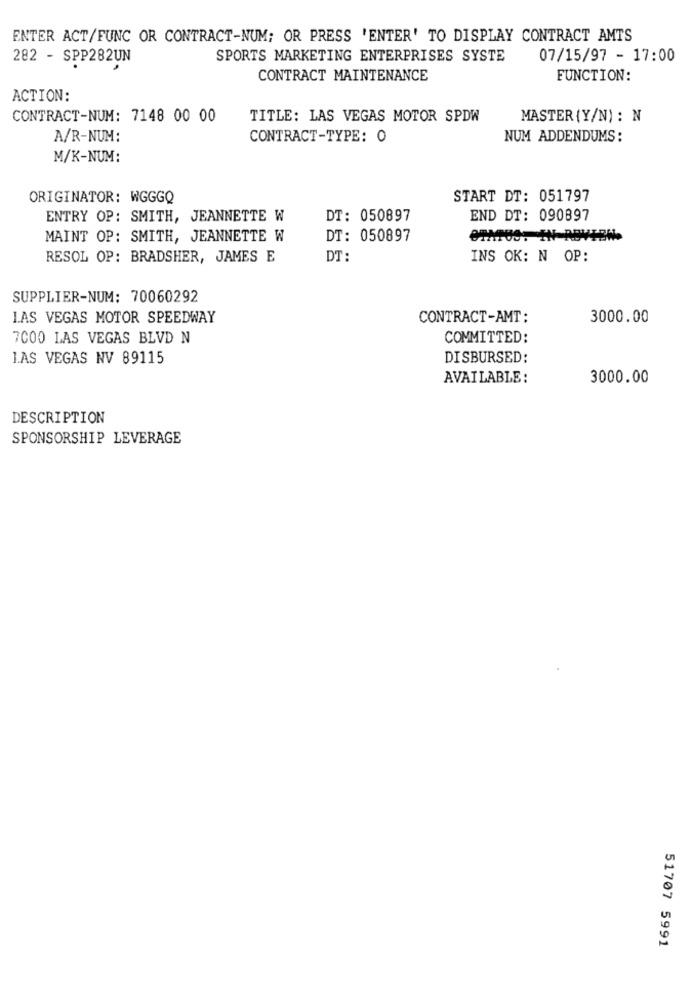
ENTER ACT/FUNC OR CONTRACT-NUM; OR PRESS 'ENTER' TO DISPLAY CONTRACT AMTS
282 - SPP282UN
SPORTS MARKETING ENTERPRISES SYSTE
07/15/97 - 17:00
CONTRACT MAINTENANCE
FUNCTION:
ACTION:
CONTRACT-NUM: 7148 00 00
TITLE: LAS VEGAS MOTOR SPDW
MASTER {Y/N) : N
A/R-NUM:
CONTRACT-TYPE: 0
NUM ADDENDUMS:
M/K-NUM:
ORIGINATOR: WGGGQ
START DT: 051797
ENTRY OP: SMITH, JEANNETTE W
DT: 050897
END DT: 090897
MAINT OP: SMITH, JEANNETTE W
DT: 050897
RESOL OP: BRADSHER, JAMES E
DT:
INS OK: N OP:
SUPPLIER-NUM: 70060292
LAS VEGAS MOTOR SPEEDWAY
CONTRACT-AMT:
3000.00
7COO LAS VEGAS BLVD N
COMMITTED:
LAS VEGAS NV 89115
DISBURSED:
AVAILABLE:
3000.00
DESCRIPTION
SPONSORSHIP LEVERAGE
51707 5991